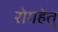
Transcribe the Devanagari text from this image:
रोगहेतु